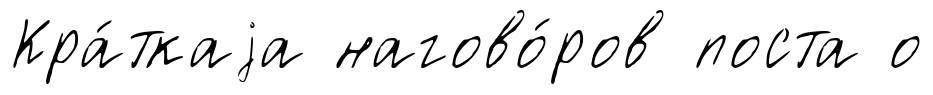
Кра́ткаjа нагово́ров поста о